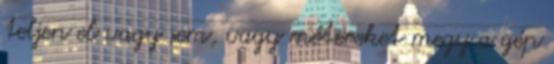
teljen el vagy sem, vagy métereket megy a gép